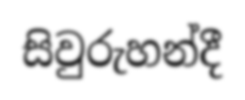
සිවුරුහන්දී